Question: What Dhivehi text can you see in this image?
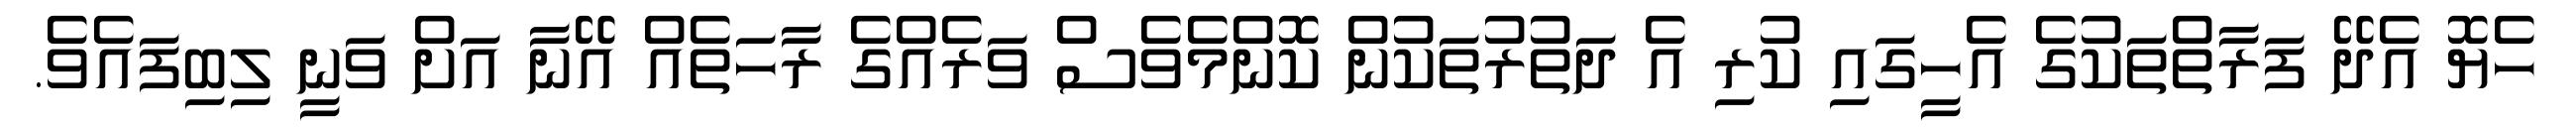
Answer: ހެޔޮ އެދޭ ފަރާތްތަކުގެ އެހީގައި ކުރި އެ ދަތުރުތަކުން ކޮންމެވެސް ވަރެއްގެ ރާހަތެއް އޭނާ އަށް ވަނީ ލިބިފައެވެ.